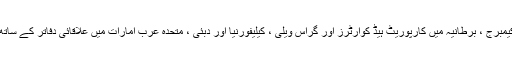
کیمبرج ، برطانیہ میں کارپوریٹ ہیڈ کوارٹرز اور گراس ویلی ، کیلیفورنیا اور دبئی ، متحدہ عرب امارات میں علاقائی دفاتر کے ساتھ۔